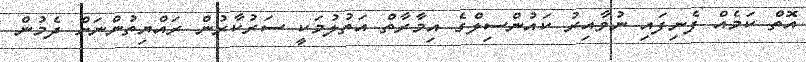
އޮތް ކަމެއް ފެނިފައި ނުވާއިރު ކައުންސިލްގެ އިމާރާތް އަތުލުމަކީ ސަރުކާރުން ރައްޔިތުންނަށް ދެމުން